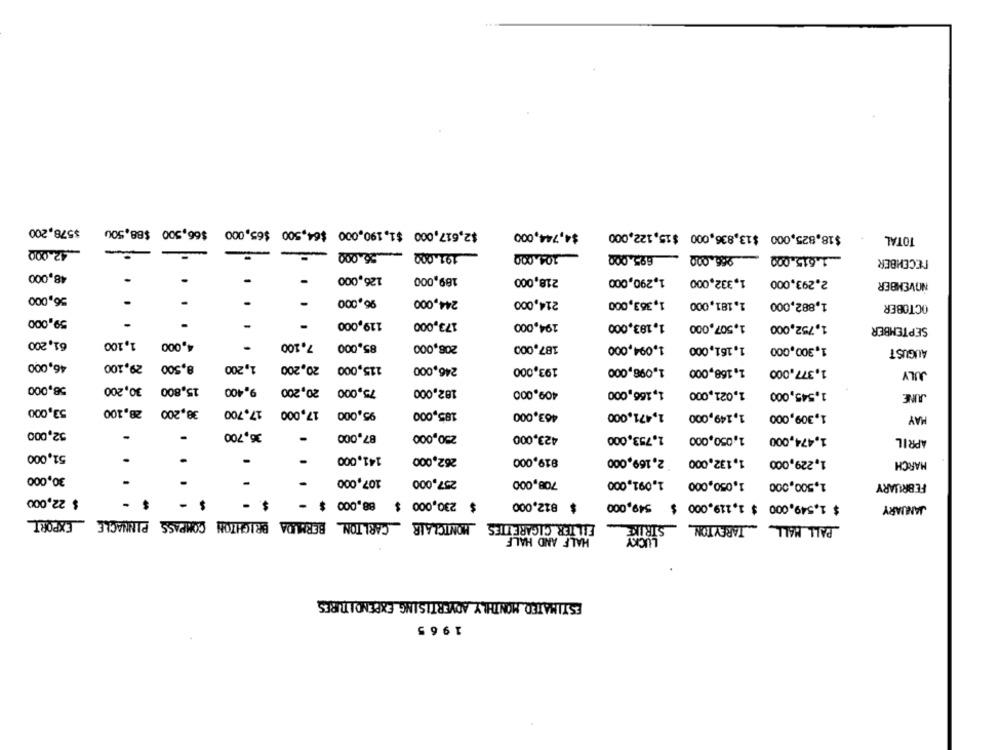
$578,200
$66,500 $88,500
$2,617,000 $1,190,000 $64,500 $65,000
$4,744,000
$18.825,000 $13,836,000 $15,122,000
TOTAL
42.000
-
191.000 - 56.000
104.000
-1.615.000 966.000 695.000
DECEMBER
48,000
-
126,000
189,000
218,000
1,290,000
2.293,000 1,332,000
-
NOVEMBER
56,000
96,000
244,000
214,000
1,363,000
1.181,000
-
1,882,000
OCTOBER
59,000
119,000
173,000
194,000
1,183,000
1,507,000
1,752,000
SEPTEMBER
61,200
1,100
4,000
.
7.100
85,000
208,000
187,000
1.094,000
1,161,000
1,300,000
AUGUST
46,000
29,100
8,500
1,200
20,200
115,000
246,000
193,000
1,098,000
1,168,000
1,377,000
JULY
58,000
30,200
15,800
9.400
20,200
75,000
182,000
409,000
1,166,000
1,021,000
1,545,000
53,000
28,100
38,200
17,700
17,000
95,000
185,000
463,000
1,471,000
1,149,000
1,309,000
HAY
52,000
36,700
87,000
230,000
423,000
1,753,000
1,050,000
1,474,000
-
APRIL
51,000
141,000
262,000
819,000
1,132,000 2,169,000
1,229,000
-
MARCH
30,000
107,000
257,000
708,000
1.091,000
1,500,000 1,050,000
FEBRUARY
$ 22,000
-
$ 230,000 $ 88,000
812,000
$ 1,549,000 $ 1,119,000 $ 549,000
JANUARY
FILTER CIGARETTES MONTCLAIR CARLTON BERMUDA BRIGHTON COMPASS PINNACLE EXPORT
STRIKE
PALL MALL TAREYTON
HALF AND HALF
LUCKY
ESTIMATED MONTHLY ADVERTISING EXPENDITURES
1965